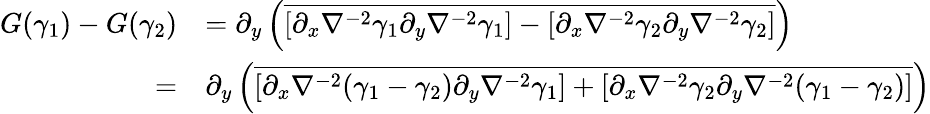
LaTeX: \begin{array}{rl}{G(\gamma_{1})-G(\gamma_{2})}&{=\partial_{y}\left(\overline{{[\partial_{x}\nabla^{-2}\gamma_{1}\partial_{y}\nabla^{-2}\gamma_{1}]-[\partial_{x}\nabla^{-2}\gamma_{2}\partial_{y}\nabla^{-2}\gamma_{2}]}}\right)}\\ {=}&{\partial_{y}\left(\overline{{[\partial_{x}\nabla^{-2}(\gamma_{1}-\gamma_{2})\partial_{y}\nabla^{-2}\gamma_{1}]+[\partial_{x}\nabla^{-2}\gamma_{2}\partial_{y}\nabla^{-2}(\gamma_{1}-\gamma_{2})]}}\right)}\end{array}